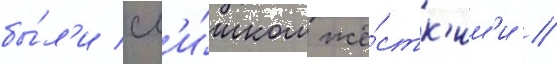
бы́л'и сл'и́шком жё́стк'им'и //